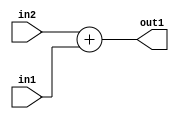
`timescale 1ps / 1ps
/*****************************************************************************
    Verilog RTL Description
    
    
    Created by: Stratus DpOpt 21.05.01 
*******************************************************************************/

module dut_Add_5Ux3U_6U_4 (
	in2,
	in1,
	out1
	); /* architecture "behavioural" */ 
input [4:0] in2;
input [2:0] in1;
output [5:0] out1;
wire [5:0] asc001;

assign asc001 = 
	+(in2)
	+(in1);

assign out1 = asc001;
endmodule

/* CADENCE  ubDxTw4= : u9/ySxbfrwZIxEzHVQQV8Q== ** DO NOT EDIT THIS LINE ******/